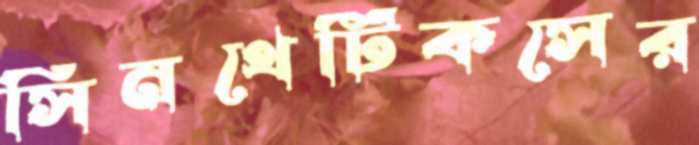
সিনথেটিকসের